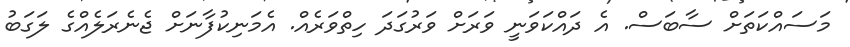
މަސައްކަތަށް ސާބަސް. އެ ދައްކަވަނީ ވަރަށް ވަރުގަދަ ހިތްވަރެއް. އެމަނިކުފާނަށް ޖެނެރަލެއްގެ ލަގަބު